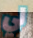
لي